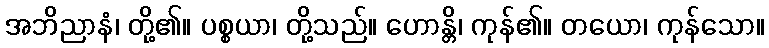
အဘိညာနံ၊ တို့၏။ ပစ္စယာ၊ တို့သည်။ ဟောန္တိ၊ ကုန်၏။ တယော၊ ကုန်သော။